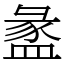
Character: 盠